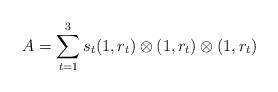
LaTeX: \begin{align*}A=\sum_{t=1}^3 s_t (1, r_t)\otimes (1, r_t)\otimes (1, r_t)\end{align*}